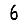
Digit: 6